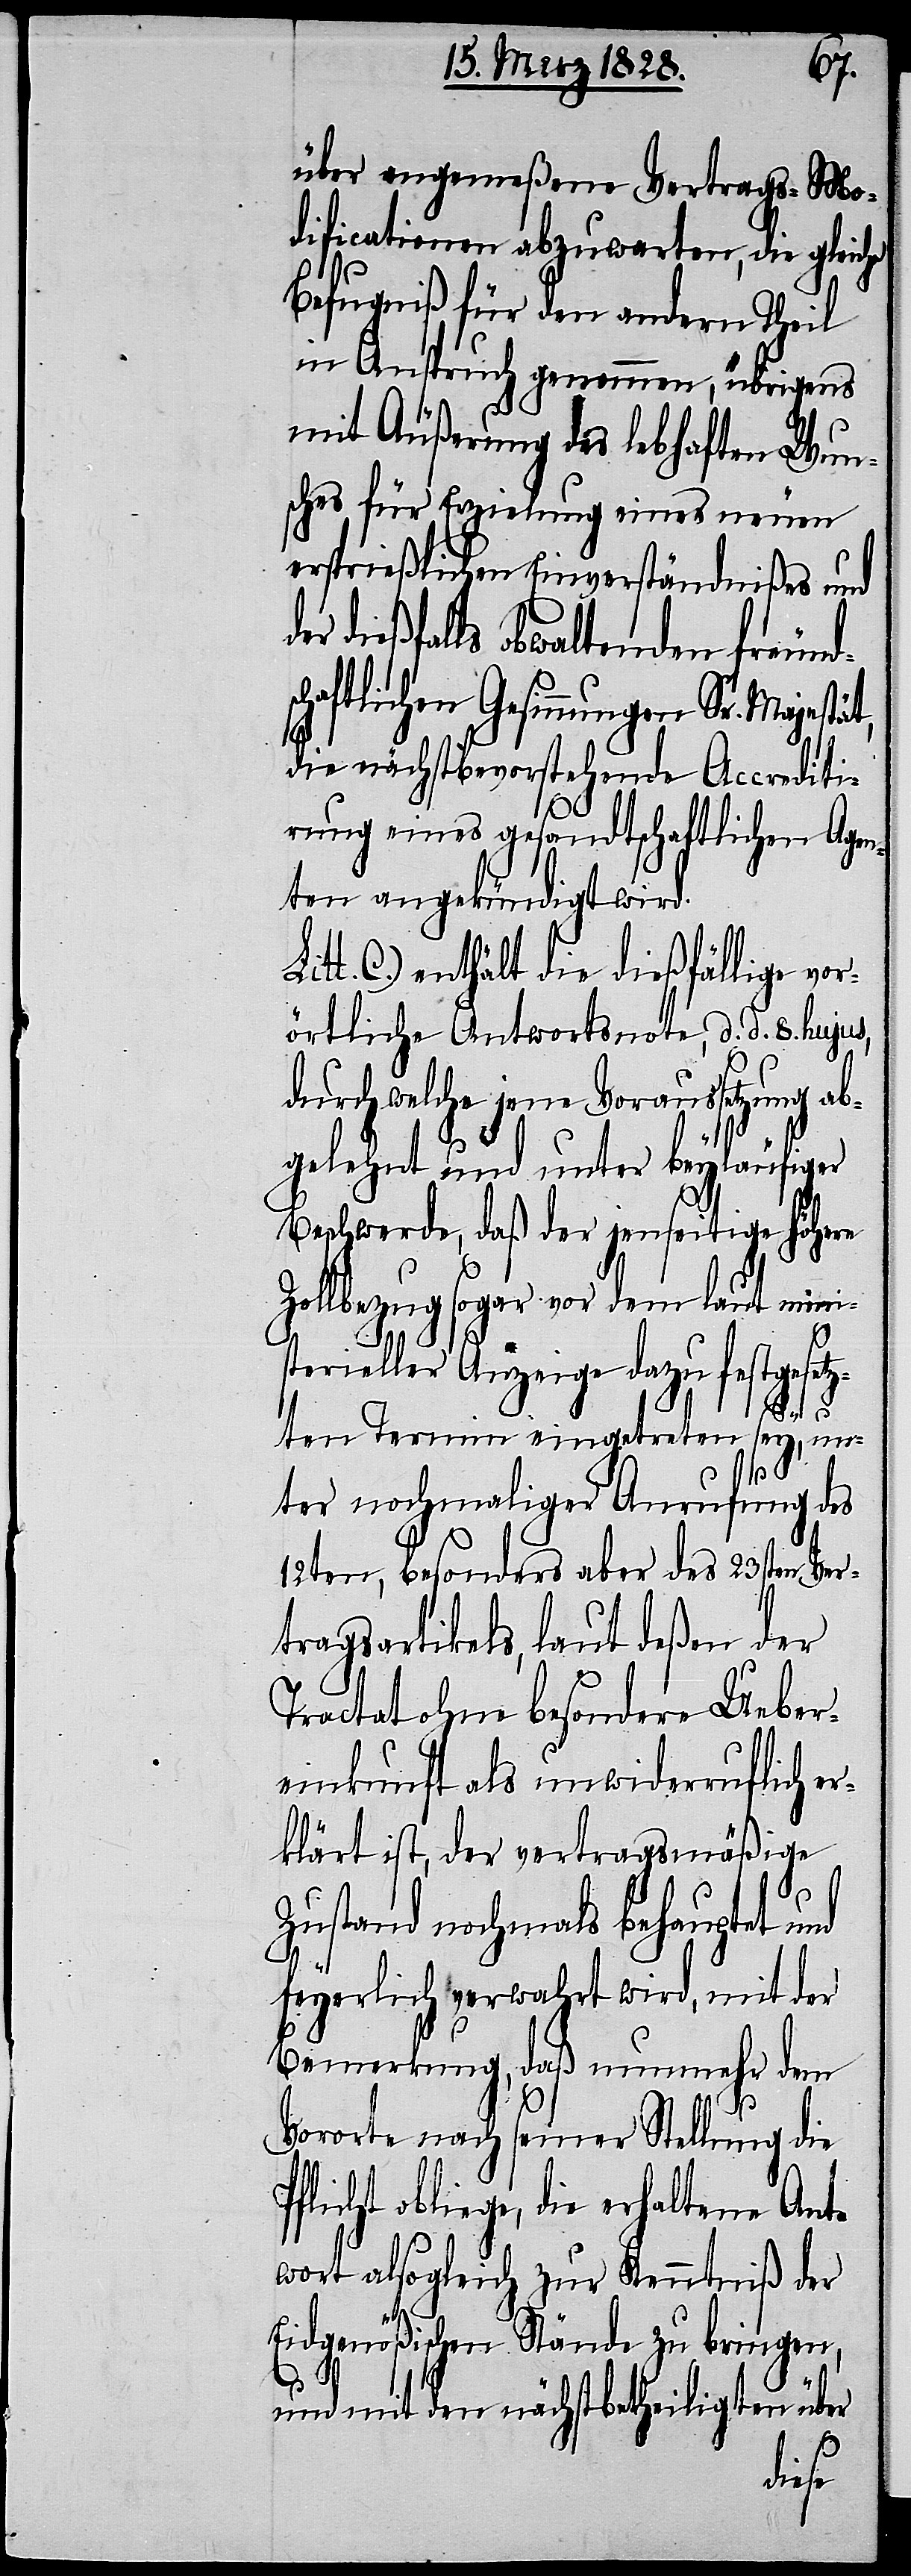
über angemeßene Vertrags-Mo¬
dificationen abzuwarten, die gleiche
Befugniß für den andern Theil
in Anspruch genommen, übrigens
mit Äußerung des lebhaften Wun¬
sches für Erzielung eines neuen
ersprießlichen Einverständnißes und
dießfalls obwaltenden freund¬
schaftlichen Gesinnungen Sr.
die nächstbevorstehende Accrediti¬
rung eines gesandtschaftlichen Agen¬
ten angekündigt wird.
C.) enthält die dießfällige vor¬
örtliche Antwortsnote, d. d. 8. hujus,
durch welche jene Voraussetzung ab¬
gelehnt und unter beyläufiger
Beschwerde, daß der jenseitige höhere
Zollbezug sogar vor dem laut mini¬
sterieller Anzeige dazu festgesetz¬
ten Termin eingetreten sey, un¬
ter nochmaliger Anrufung des
12ten, besonders aber des 23sten Ver¬
tragsartikels, laut deßen der
Tractat ohne besondere Ueber¬
einkunft als unwiderruflich e¬
rklärt ist, der vertragsmäßige
Zustand nochmals behauptet und
feyerlich verwahrt wird, mit der
Bemerkung, daß nunmehr dem
Vororte nach seiner Stellung die
Pflicht obliege, die erhaltene Ant¬
wort alsogleich zur Kenntniß der
Eidgenößischen Stände zu bringen,
und mit den nächstbetheiligten über